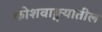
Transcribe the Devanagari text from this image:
कोशवाङ्मयातील